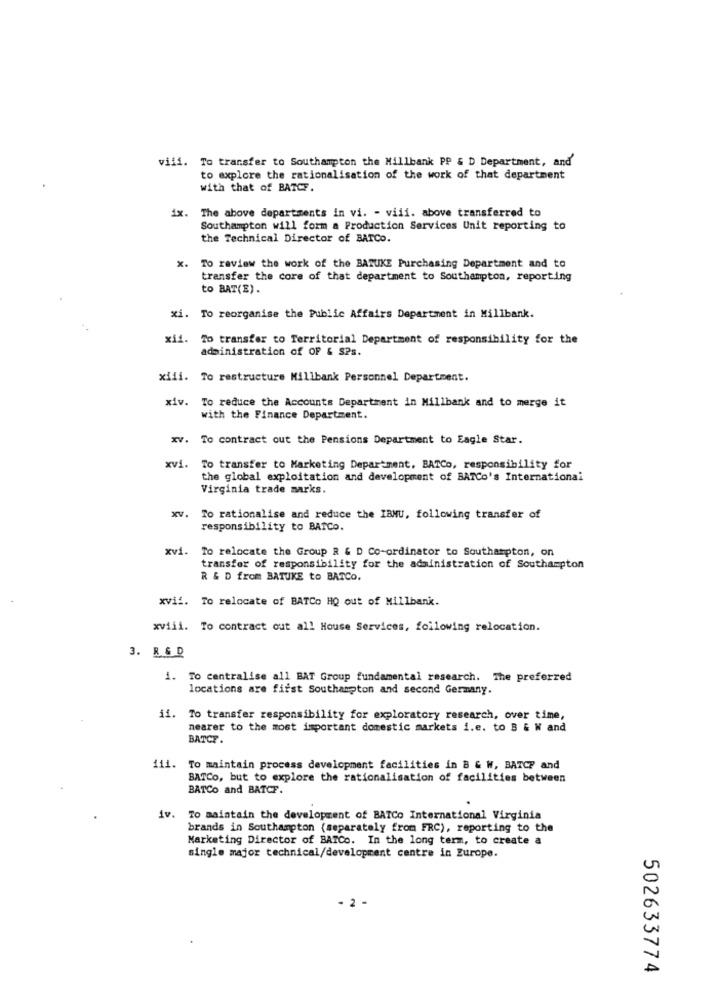
vili. To transfer to Southampton the Millbank PP & D Department, and
to explore the rationalisation of the work of that department
with that of BATCF.
ix. The above departments in vi. - viii. above transferred to
Southampton will form a Production Services Unit reporting to
the Technical Director of BATCO.
x.
To review the work of the BATUKE Purchasing Department and to
transfer the core of that department to Southampton, reporting
to BAT(E).
xi. To reorganise the Public Affairs Department in Millbank.
xii. To transfer to Territorial Department of responsibility for the
administration of OF & SPs.
xiii. To restructure Millbank Personnel Department.
xiv.
To reduce the Accounts Department in Millbank and to merge it
with the Finance Department.
xv. To contract out the Pensions Department to Eagle Star.
xvi. To transfer to Marketing Department, BATCo, responsibility for
the global exploitation and development of BATCo's International
Virginia trade marks.
xV.
To rationalise and reduce the IBNU, following transfer of
responsibility to BATCo.
xvi. To relocate the Group R & D Co-ordinator to Southampton, on
transfer of responsibility for the administration of Southampton
R & D from BATUKE to BATCO.
xvii. To relocate of BATCo HQ out of Millbank.
xviii. To contract out all House Services, following relocation.
3. R&D
i. To centralise all BAT Group fundamental research. The preferred
locations are first Southampton and second Germany.
ii. To transfer responsibility for exploratory research, over time,
nearer to the most important domestic markets i.e. to B & W and
BATCE .
111.
To maintain process development facilities in B & W, BATCF and
BATCo, but to explore the rationalisation of facilities between
BATCo and BATCF.
iv. To maintain the development of BATCo International Virginia
brands in Southampton (separately from FRC), reporting to the
Marketing Director of BATCO. In the long term, to create a
single major technical/development centre in Europe.
- 2 -
502633774